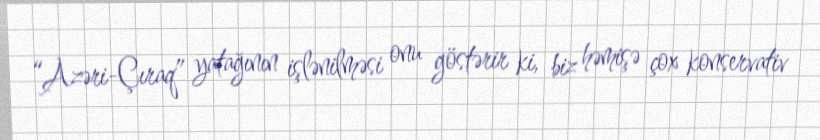
“Azəri-Çıraq” yatağının işlənilməsi onu göstərir ki, biz həmişə çox konservativ